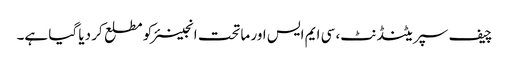
چیف سپریٹنڈنٹ، سی ایم ایس اور ماتحت انجینئر کو مطلع کر دیا گیا ہے۔